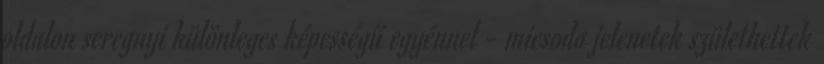
oldalon seregnyi különleges képességű egyénnel - micsoda jelenetek születhettek